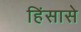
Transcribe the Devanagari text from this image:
हिंसासे